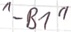
Text: "-B1"